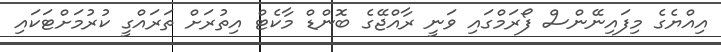
އިއްޔެގެ މިފައިނޭންސް ފޯރަމްގައި ވަނީ ރާއްޖޭގެ ބޮންޑް މާކެޓް އިތުރަށް ތަރައްގީ ކުރުމަށްޓަކައި